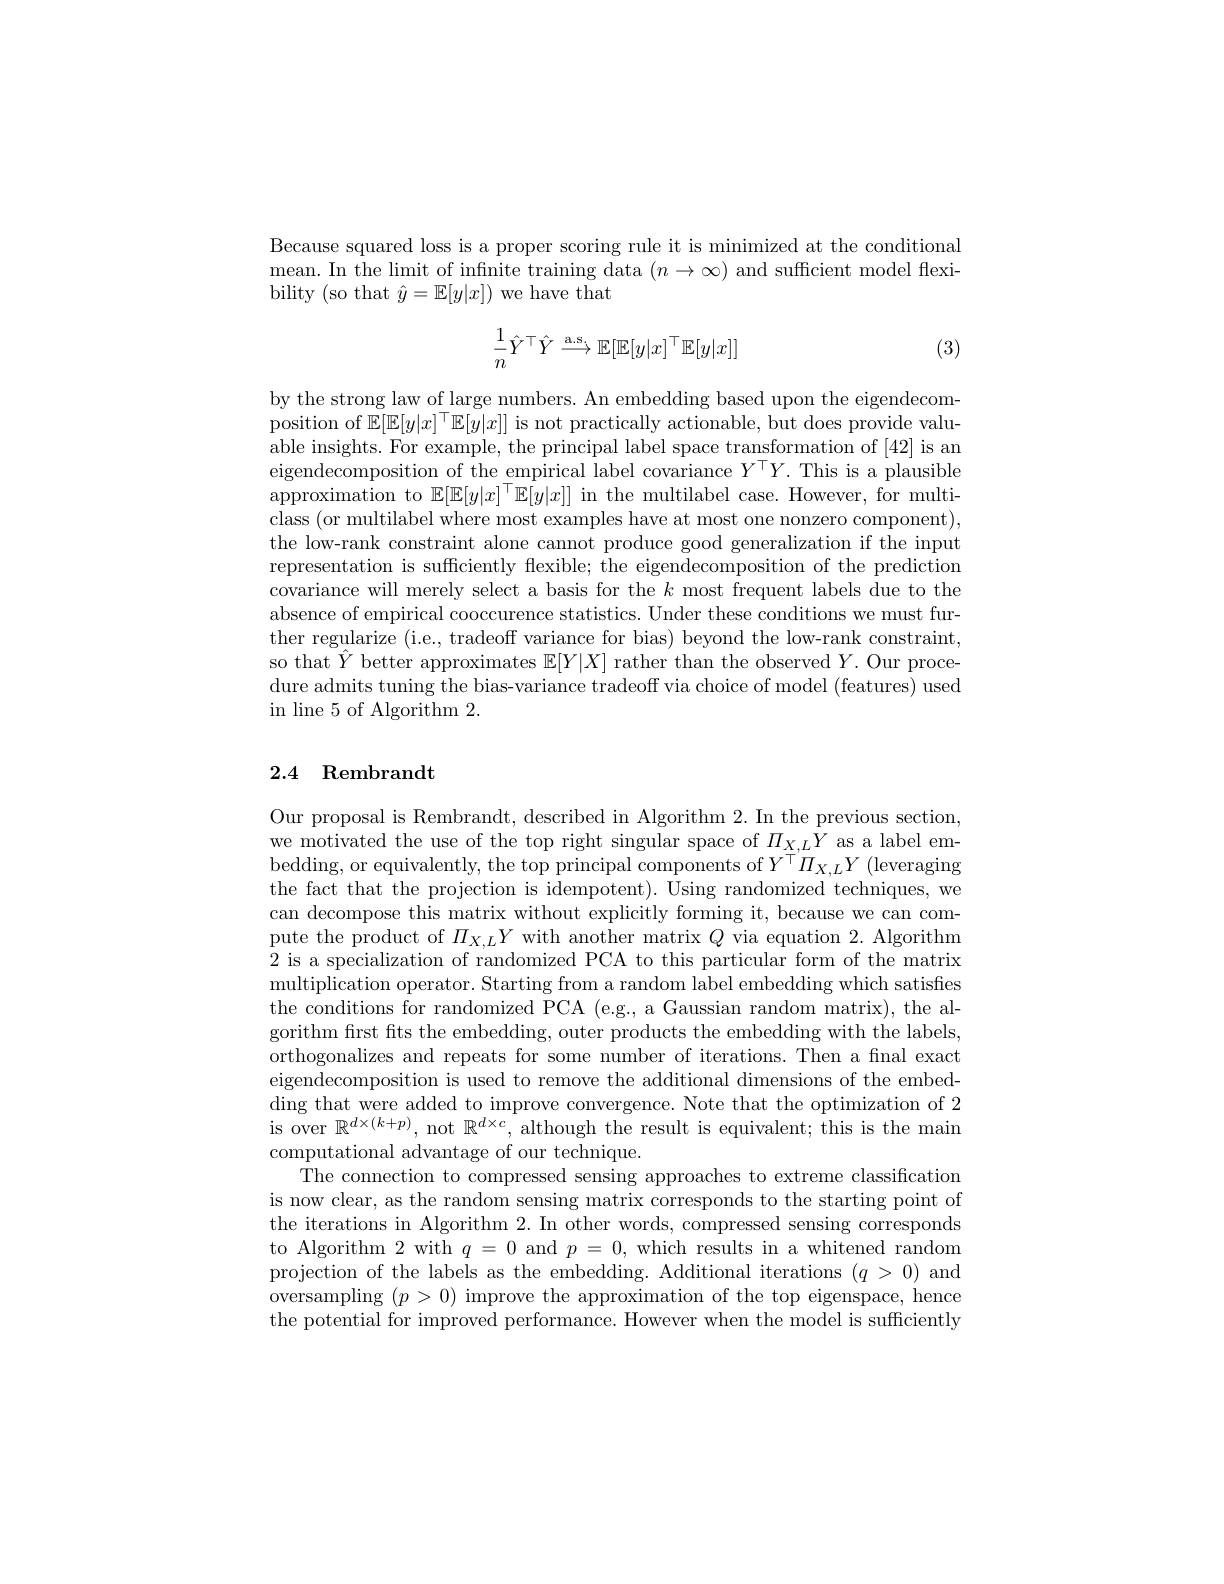
Because squared loss is a proper scoring rule it is minimized at the conditional mean. In the limit of infnite training data $(n\to\infty)$ and sufficient model flexibility (so that $\hat{y}=\mathbb{E}[y|x])$ we have that
$$\dfrac{1}{n}\hat{Y}^\top\hat{Y}\stackrel{\text{a.s.}}{\longrightarrow}\mathbb{E}[\mathbb{E}[y|x]^\top\mathbb{E}[y|x]]$$
(3)

by the strong law of large numbers. An embedding based upon the eigendecomposition of $\mathbb{E}[\mathbb{E}[y|x]^\top\mathbb{E}[y|x]]$ is not practically actionable, but does provide valuable insights. For example, the principal label space transformation of [42] is an eigendecomposition of the empirical label covariance $Y^\top Y.$ This is a plausible $\bar{\text{approximation to }\mathbb{E}[\mathbb{E}[y|x]^\top\mathbb{E}[y|x]]}$ in the multilabel case. However, for multiclass (or multilabel where most examples have at most one nonzero component), the low-rank constraint alone cannot produce good generalization if the input representation is suffciently flexible; the eigendecomposition of the prediction covariance will merely select a basis for the $k$ most frequent labels due to the absence of empirical cooccurence statistics. Under these conditions we must further regularize (i.e., tradeoff variance for bias) beyond the low-rank constraint, so that $\hat{Y}$ better approximates $\mathbb{E}[Y|X]$ rather than the observed $Y.$ Our procedure admits tuning the bias-variance tradeoff via choice of model (features) used in line 5 of Algorithm 2.

## 2.4 Rembrandt

Our proposal is Rembrandt, described in Algorithm 2. In the previous section, we motivated the use of the top right singular space of $\Pi_{X,L}Y$ as a label embedding, or equivalently, the top principal components of $Y^\top\Pi_{X,L}Y$ (leveraging the fact that the projection is idempotent). Using randomized techniques, we can decompose this matrix without explicitly forming it, because we can compute the product of $\Pi_{X,L}Y$ with another matrix $Q$ via equation 2. Algorithm 2 is a specialization of randomized PCA to this particular form of the matrix multiplication operator. Starting from a random label embedding which satisfes the conditions for randomized PCA (e.g., a Gaussian random matrix), the algorithm frst fits the embedding, outer products the embedding with the labels orthogonalizes and repeats for some number of iterations. Then a fnal exact eigendecomposition is used to remove the additional dimensions of the embedding that were added to improve convergence. Note that the optimization of 2 is over $\mathbb{R}^d\times(k+p)$, not $\mathbb{R}^d\times c$, although the result is equivalent; this is the main computational advantage of our technique.
The connection to compressed sensing approaches to extreme classification is now clear, as the random sensing matrix corresponds to the starting point of the iterations in Algorithm 2. In other words, compressed sensing corresponds to Algorithm 2 with $q=0$ and $p=0$, which results in a whitened random projection of the labels as the embedding. Additional iterations $(q>0)$ and oversampling $(p>0)$ improve the approximation of the top eigenspace, hence the potential for improved performance. However when the model is sufficiently